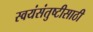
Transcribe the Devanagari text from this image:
स्वयंसंतुष्टीसाठी